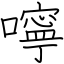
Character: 嚀